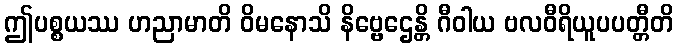
ဤပစ္စယဿ ဟညာမာတိ ဝိမနောသိ နိဗ္ဗေဌေန္တိ ဂီဝါယ ဗလဝီရိယူပပတ္တီတိ